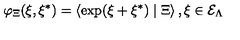
\varphi _ { \Xi } ( \xi , \xi ^ { * } ) = \left\langle \exp ( \xi + \xi ^ { * } ) \mid \Xi \right\rangle , \xi \in { \cal E } _ { \Lambda }